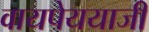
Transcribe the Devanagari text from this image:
वायपेययाजी